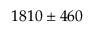
1 8 1 0 \pm 4 6 0